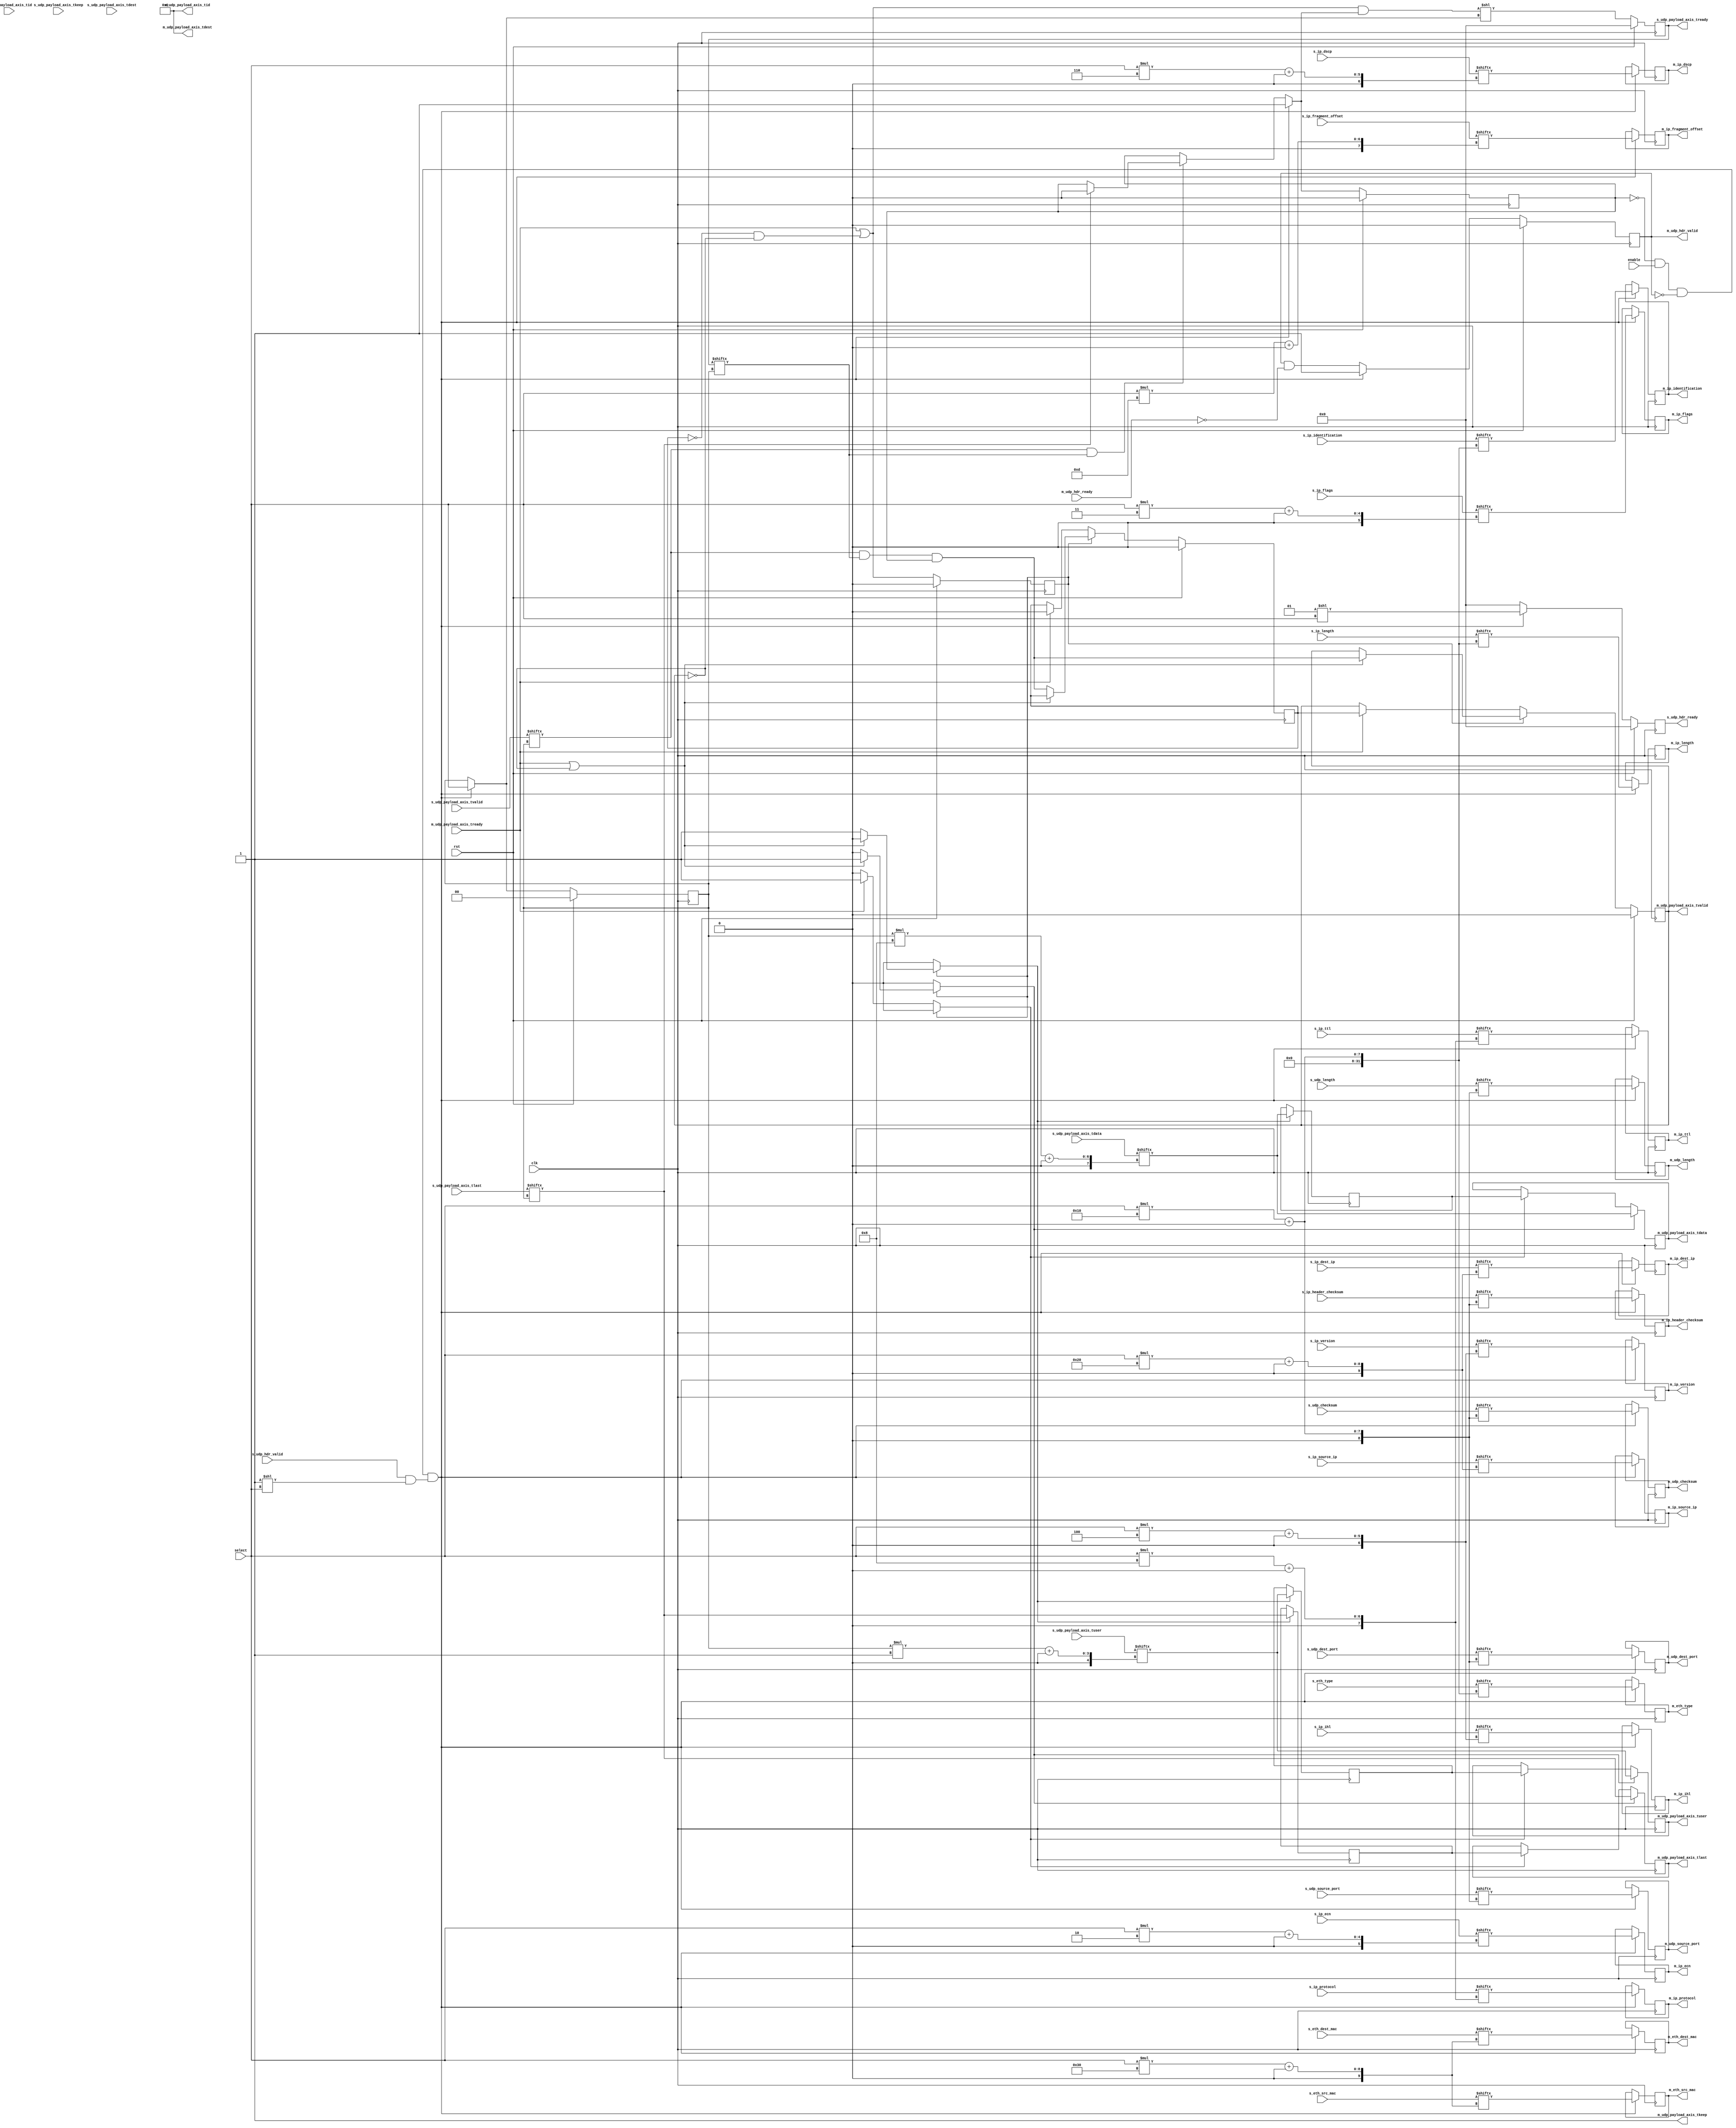
/*

Copyright (c) 2014-2018 Alex Forencich

Permission is hereby granted, free of charge, to any person obtaining a copy
of this software and associated documentation files (the "Software"), to deal
in the Software without restriction, including without limitation the rights
to use, copy, modify, merge, publish, distribute, sublicense, and/or sell
copies of the Software, and to permit persons to whom the Software is
furnished to do so, subject to the following conditions:

The above copyright notice and this permission notice shall be included in
all copies or substantial portions of the Software.

THE SOFTWARE IS PROVIDED "AS IS", WITHOUT WARRANTY OF ANY KIND, EXPRESS OR
IMPLIED, INCLUDING BUT NOT LIMITED TO THE WARRANTIES OF MERCHANTABILITY
FITNESS FOR A PARTICULAR PURPOSE AND NONINFRINGEMENT. IN NO EVENT SHALL THE
AUTHORS OR COPYRIGHT HOLDERS BE LIABLE FOR ANY CLAIM, DAMAGES OR OTHER
LIABILITY, WHETHER IN AN ACTION OF CONTRACT, TORT OR OTHERWISE, ARISING FROM,
OUT OF OR IN CONNECTION WITH THE SOFTWARE OR THE USE OR OTHER DEALINGS IN
THE SOFTWARE.

*/

// Language: Verilog 2001

`resetall
`timescale 1ns / 1ps
`default_nettype none

/*
 * UDP multiplexer
 */
module udp_mux #
(
    parameter S_COUNT = 4,
    parameter DATA_WIDTH = 8,
    parameter KEEP_ENABLE = (DATA_WIDTH>8),
    parameter KEEP_WIDTH = (DATA_WIDTH/8),
    parameter ID_ENABLE = 0,
    parameter ID_WIDTH = 8,
    parameter DEST_ENABLE = 0,
    parameter DEST_WIDTH = 8,
    parameter USER_ENABLE = 1,
    parameter USER_WIDTH = 1
)
(
    input  wire                          clk,
    input  wire                          rst,

    /*
     * UDP frame inputs
     */
    input  wire [S_COUNT-1:0]            s_udp_hdr_valid,
    output wire [S_COUNT-1:0]            s_udp_hdr_ready,
    input  wire [S_COUNT*48-1:0]         s_eth_dest_mac,
    input  wire [S_COUNT*48-1:0]         s_eth_src_mac,
    input  wire [S_COUNT*16-1:0]         s_eth_type,
    input  wire [S_COUNT*4-1:0]          s_ip_version,
    input  wire [S_COUNT*4-1:0]          s_ip_ihl,
    input  wire [S_COUNT*6-1:0]          s_ip_dscp,
    input  wire [S_COUNT*2-1:0]          s_ip_ecn,
    input  wire [S_COUNT*16-1:0]         s_ip_length,
    input  wire [S_COUNT*16-1:0]         s_ip_identification,
    input  wire [S_COUNT*3-1:0]          s_ip_flags,
    input  wire [S_COUNT*13-1:0]         s_ip_fragment_offset,
    input  wire [S_COUNT*8-1:0]          s_ip_ttl,
    input  wire [S_COUNT*8-1:0]          s_ip_protocol,
    input  wire [S_COUNT*16-1:0]         s_ip_header_checksum,
    input  wire [S_COUNT*32-1:0]         s_ip_source_ip,
    input  wire [S_COUNT*32-1:0]         s_ip_dest_ip,
    input  wire [S_COUNT*16-1:0]         s_udp_source_port,
    input  wire [S_COUNT*16-1:0]         s_udp_dest_port,
    input  wire [S_COUNT*16-1:0]         s_udp_length,
    input  wire [S_COUNT*16-1:0]         s_udp_checksum,
    input  wire [S_COUNT*DATA_WIDTH-1:0] s_udp_payload_axis_tdata,
    input  wire [S_COUNT*KEEP_WIDTH-1:0] s_udp_payload_axis_tkeep,
    input  wire [S_COUNT-1:0]            s_udp_payload_axis_tvalid,
    output wire [S_COUNT-1:0]            s_udp_payload_axis_tready,
    input  wire [S_COUNT-1:0]            s_udp_payload_axis_tlast,
    input  wire [S_COUNT*ID_WIDTH-1:0]   s_udp_payload_axis_tid,
    input  wire [S_COUNT*DEST_WIDTH-1:0] s_udp_payload_axis_tdest,
    input  wire [S_COUNT*USER_WIDTH-1:0] s_udp_payload_axis_tuser,

    /*
     * UDP frame output
     */
    output wire                          m_udp_hdr_valid,
    input  wire                          m_udp_hdr_ready,
    output wire [47:0]                   m_eth_dest_mac,
    output wire [47:0]                   m_eth_src_mac,
    output wire [15:0]                   m_eth_type,
    output wire [3:0]                    m_ip_version,
    output wire [3:0]                    m_ip_ihl,
    output wire [5:0]                    m_ip_dscp,
    output wire [1:0]                    m_ip_ecn,
    output wire [15:0]                   m_ip_length,
    output wire [15:0]                   m_ip_identification,
    output wire [2:0]                    m_ip_flags,
    output wire [12:0]                   m_ip_fragment_offset,
    output wire [7:0]                    m_ip_ttl,
    output wire [7:0]                    m_ip_protocol,
    output wire [15:0]                   m_ip_header_checksum,
    output wire [31:0]                   m_ip_source_ip,
    output wire [31:0]                   m_ip_dest_ip,
    output wire [15:0]                   m_udp_source_port,
    output wire [15:0]                   m_udp_dest_port,
    output wire [15:0]                   m_udp_length,
    output wire [15:0]                   m_udp_checksum,
    output wire [DATA_WIDTH-1:0]         m_udp_payload_axis_tdata,
    output wire [KEEP_WIDTH-1:0]         m_udp_payload_axis_tkeep,
    output wire                          m_udp_payload_axis_tvalid,
    input  wire                          m_udp_payload_axis_tready,
    output wire                          m_udp_payload_axis_tlast,
    output wire [ID_WIDTH-1:0]           m_udp_payload_axis_tid,
    output wire [DEST_WIDTH-1:0]         m_udp_payload_axis_tdest,
    output wire [USER_WIDTH-1:0]         m_udp_payload_axis_tuser,

    /*
     * Control
     */
    input  wire                          enable,
    input  wire [$clog2(S_COUNT)-1:0]    select
);

parameter CL_S_COUNT = $clog2(S_COUNT);

reg [CL_S_COUNT-1:0] select_reg = 2'd0, select_next;
reg frame_reg = 1'b0, frame_next;

reg [S_COUNT-1:0] s_udp_hdr_ready_reg = 0, s_udp_hdr_ready_next;

reg [S_COUNT-1:0] s_udp_payload_axis_tready_reg = 0, s_udp_payload_axis_tready_next;

reg m_udp_hdr_valid_reg = 1'b0, m_udp_hdr_valid_next;
reg [47:0] m_eth_dest_mac_reg = 48'd0, m_eth_dest_mac_next;
reg [47:0] m_eth_src_mac_reg = 48'd0, m_eth_src_mac_next;
reg [15:0] m_eth_type_reg = 16'd0, m_eth_type_next;
reg [3:0]  m_ip_version_reg = 4'd0, m_ip_version_next;
reg [3:0]  m_ip_ihl_reg = 4'd0, m_ip_ihl_next;
reg [5:0]  m_ip_dscp_reg = 6'd0, m_ip_dscp_next;
reg [1:0]  m_ip_ecn_reg = 2'd0, m_ip_ecn_next;
reg [15:0] m_ip_length_reg = 16'd0, m_ip_length_next;
reg [15:0] m_ip_identification_reg = 16'd0, m_ip_identification_next;
reg [2:0]  m_ip_flags_reg = 3'd0, m_ip_flags_next;
reg [12:0] m_ip_fragment_offset_reg = 13'd0, m_ip_fragment_offset_next;
reg [7:0]  m_ip_ttl_reg = 8'd0, m_ip_ttl_next;
reg [7:0]  m_ip_protocol_reg = 8'd0, m_ip_protocol_next;
reg [15:0] m_ip_header_checksum_reg = 16'd0, m_ip_header_checksum_next;
reg [31:0] m_ip_source_ip_reg = 32'd0, m_ip_source_ip_next;
reg [31:0] m_ip_dest_ip_reg = 32'd0, m_ip_dest_ip_next;
reg [15:0] m_udp_source_port_reg = 16'd0, m_udp_source_port_next;
reg [15:0] m_udp_dest_port_reg = 16'd0, m_udp_dest_port_next;
reg [15:0] m_udp_length_reg = 16'd0, m_udp_length_next;
reg [15:0] m_udp_checksum_reg = 16'd0, m_udp_checksum_next;

// internal datapath
reg  [DATA_WIDTH-1:0] m_udp_payload_axis_tdata_int;
reg  [KEEP_WIDTH-1:0] m_udp_payload_axis_tkeep_int;
reg                   m_udp_payload_axis_tvalid_int;
reg                   m_udp_payload_axis_tready_int_reg = 1'b0;
reg                   m_udp_payload_axis_tlast_int;
reg  [ID_WIDTH-1:0]   m_udp_payload_axis_tid_int;
reg  [DEST_WIDTH-1:0] m_udp_payload_axis_tdest_int;
reg  [USER_WIDTH-1:0] m_udp_payload_axis_tuser_int;
wire                  m_udp_payload_axis_tready_int_early;

assign s_udp_hdr_ready = s_udp_hdr_ready_reg;

assign s_udp_payload_axis_tready = s_udp_payload_axis_tready_reg;

assign m_udp_hdr_valid = m_udp_hdr_valid_reg;
assign m_eth_dest_mac = m_eth_dest_mac_reg;
assign m_eth_src_mac = m_eth_src_mac_reg;
assign m_eth_type = m_eth_type_reg;
assign m_ip_version = m_ip_version_reg;
assign m_ip_ihl = m_ip_ihl_reg;
assign m_ip_dscp = m_ip_dscp_reg;
assign m_ip_ecn = m_ip_ecn_reg;
assign m_ip_length = m_ip_length_reg;
assign m_ip_identification = m_ip_identification_reg;
assign m_ip_flags = m_ip_flags_reg;
assign m_ip_fragment_offset = m_ip_fragment_offset_reg;
assign m_ip_ttl = m_ip_ttl_reg;
assign m_ip_protocol = m_ip_protocol_reg;
assign m_ip_header_checksum = m_ip_header_checksum_reg;
assign m_ip_source_ip = m_ip_source_ip_reg;
assign m_ip_dest_ip = m_ip_dest_ip_reg;
assign m_udp_source_port = m_udp_source_port_reg;
assign m_udp_dest_port = m_udp_dest_port_reg;
assign m_udp_length = m_udp_length_reg;
assign m_udp_checksum = m_udp_checksum_reg;

// mux for incoming packet
wire [DATA_WIDTH-1:0] current_s_tdata  = s_udp_payload_axis_tdata[select_reg*DATA_WIDTH +: DATA_WIDTH];
wire [KEEP_WIDTH-1:0] current_s_tkeep  = s_udp_payload_axis_tkeep[select_reg*KEEP_WIDTH +: KEEP_WIDTH];
wire                  current_s_tvalid = s_udp_payload_axis_tvalid[select_reg];
wire                  current_s_tready = s_udp_payload_axis_tready[select_reg];
wire                  current_s_tlast  = s_udp_payload_axis_tlast[select_reg];
wire [ID_WIDTH-1:0]   current_s_tid    = s_udp_payload_axis_tid[select_reg*ID_WIDTH +: ID_WIDTH];
wire [DEST_WIDTH-1:0] current_s_tdest  = s_udp_payload_axis_tdest[select_reg*DEST_WIDTH +: DEST_WIDTH];
wire [USER_WIDTH-1:0] current_s_tuser  = s_udp_payload_axis_tuser[select_reg*USER_WIDTH +: USER_WIDTH];

always @* begin
    select_next = select_reg;
    frame_next = frame_reg;

    s_udp_hdr_ready_next = 0;

    s_udp_payload_axis_tready_next = 0;

    m_udp_hdr_valid_next = m_udp_hdr_valid_reg && !m_udp_hdr_ready;
    m_eth_dest_mac_next = m_eth_dest_mac_reg;
    m_eth_src_mac_next = m_eth_src_mac_reg;
    m_eth_type_next = m_eth_type_reg;
    m_ip_version_next = m_ip_version_reg;
    m_ip_ihl_next = m_ip_ihl_reg;
    m_ip_dscp_next = m_ip_dscp_reg;
    m_ip_ecn_next = m_ip_ecn_reg;
    m_ip_length_next = m_ip_length_reg;
    m_ip_identification_next = m_ip_identification_reg;
    m_ip_flags_next = m_ip_flags_reg;
    m_ip_fragment_offset_next = m_ip_fragment_offset_reg;
    m_ip_ttl_next = m_ip_ttl_reg;
    m_ip_protocol_next = m_ip_protocol_reg;
    m_ip_header_checksum_next = m_ip_header_checksum_reg;
    m_ip_source_ip_next = m_ip_source_ip_reg;
    m_ip_dest_ip_next = m_ip_dest_ip_reg;
    m_udp_source_port_next = m_udp_source_port_reg;
    m_udp_dest_port_next = m_udp_dest_port_reg;
    m_udp_length_next = m_udp_length_reg;
    m_udp_checksum_next = m_udp_checksum_reg;

    if (current_s_tvalid & current_s_tready) begin
        // end of frame detection
        if (current_s_tlast) begin
            frame_next = 1'b0;
        end
    end

    if (!frame_reg && enable && !m_udp_hdr_valid && (s_udp_hdr_valid & (1 << select))) begin
        // start of frame, grab select value
        frame_next = 1'b1;
        select_next = select;

        s_udp_hdr_ready_next = (1 << select);

        m_udp_hdr_valid_next = 1'b1;
        m_eth_dest_mac_next = s_eth_dest_mac[select*48 +: 48];
        m_eth_src_mac_next = s_eth_src_mac[select*48 +: 48];
        m_eth_type_next = s_eth_type[select*16 +: 16];
        m_ip_version_next = s_ip_version[select*4 +: 4];
        m_ip_ihl_next = s_ip_ihl[select*4 +: 4];
        m_ip_dscp_next = s_ip_dscp[select*6 +: 6];
        m_ip_ecn_next = s_ip_ecn[select*2 +: 2];
        m_ip_length_next = s_ip_length[select*16 +: 16];
        m_ip_identification_next = s_ip_identification[select*16 +: 16];
        m_ip_flags_next = s_ip_flags[select*3 +: 3];
        m_ip_fragment_offset_next = s_ip_fragment_offset[select*13 +: 13];
        m_ip_ttl_next = s_ip_ttl[select*8 +: 8];
        m_ip_protocol_next = s_ip_protocol[select*8 +: 8];
        m_ip_header_checksum_next = s_ip_header_checksum[select*16 +: 16];
        m_ip_source_ip_next = s_ip_source_ip[select*32 +: 32];
        m_ip_dest_ip_next = s_ip_dest_ip[select*32 +: 32];
        m_udp_source_port_next = s_udp_source_port[select*16 +: 16];
        m_udp_dest_port_next = s_udp_dest_port[select*16 +: 16];
        m_udp_length_next = s_udp_length[select*16 +: 16];
        m_udp_checksum_next = s_udp_checksum[select*16 +: 16];
    end

    // generate ready signal on selected port
    s_udp_payload_axis_tready_next = (m_udp_payload_axis_tready_int_early && frame_next) << select_next;

    // pass through selected packet data
    m_udp_payload_axis_tdata_int  = current_s_tdata;
    m_udp_payload_axis_tkeep_int  = current_s_tkeep;
    m_udp_payload_axis_tvalid_int = current_s_tvalid && current_s_tready && frame_reg;
    m_udp_payload_axis_tlast_int  = current_s_tlast;
    m_udp_payload_axis_tid_int    = current_s_tid;
    m_udp_payload_axis_tdest_int  = current_s_tdest;
    m_udp_payload_axis_tuser_int  = current_s_tuser;
end

always @(posedge clk) begin
    if (rst) begin
        select_reg <= 0;
        frame_reg <= 1'b0;
        s_udp_hdr_ready_reg <= 0;
        s_udp_payload_axis_tready_reg <= 0;
        m_udp_hdr_valid_reg <= 1'b0;
    end else begin
        select_reg <= select_next;
        frame_reg <= frame_next;
        s_udp_hdr_ready_reg <= s_udp_hdr_ready_next;
        s_udp_payload_axis_tready_reg <= s_udp_payload_axis_tready_next;
        m_udp_hdr_valid_reg <= m_udp_hdr_valid_next;
    end

    m_eth_dest_mac_reg <= m_eth_dest_mac_next;
    m_eth_src_mac_reg <= m_eth_src_mac_next;
    m_eth_type_reg <= m_eth_type_next;
    m_ip_version_reg <= m_ip_version_next;
    m_ip_ihl_reg <= m_ip_ihl_next;
    m_ip_dscp_reg <= m_ip_dscp_next;
    m_ip_ecn_reg <= m_ip_ecn_next;
    m_ip_length_reg <= m_ip_length_next;
    m_ip_identification_reg <= m_ip_identification_next;
    m_ip_flags_reg <= m_ip_flags_next;
    m_ip_fragment_offset_reg <= m_ip_fragment_offset_next;
    m_ip_ttl_reg <= m_ip_ttl_next;
    m_ip_protocol_reg <= m_ip_protocol_next;
    m_ip_header_checksum_reg <= m_ip_header_checksum_next;
    m_ip_source_ip_reg <= m_ip_source_ip_next;
    m_ip_dest_ip_reg <= m_ip_dest_ip_next;
    m_udp_source_port_reg <= m_udp_source_port_next;
    m_udp_dest_port_reg <= m_udp_dest_port_next;
    m_udp_length_reg <= m_udp_length_next;
    m_udp_checksum_reg <= m_udp_checksum_next;
end

// output datapath logic
reg [DATA_WIDTH-1:0] m_udp_payload_axis_tdata_reg  = {DATA_WIDTH{1'b0}};
reg [KEEP_WIDTH-1:0] m_udp_payload_axis_tkeep_reg  = {KEEP_WIDTH{1'b0}};
reg                  m_udp_payload_axis_tvalid_reg = 1'b0, m_udp_payload_axis_tvalid_next;
reg                  m_udp_payload_axis_tlast_reg  = 1'b0;
reg [ID_WIDTH-1:0]   m_udp_payload_axis_tid_reg    = {ID_WIDTH{1'b0}};
reg [DEST_WIDTH-1:0] m_udp_payload_axis_tdest_reg  = {DEST_WIDTH{1'b0}};
reg [USER_WIDTH-1:0] m_udp_payload_axis_tuser_reg  = {USER_WIDTH{1'b0}};

reg [DATA_WIDTH-1:0] temp_m_udp_payload_axis_tdata_reg  = {DATA_WIDTH{1'b0}};
reg [KEEP_WIDTH-1:0] temp_m_udp_payload_axis_tkeep_reg  = {KEEP_WIDTH{1'b0}};
reg                  temp_m_udp_payload_axis_tvalid_reg = 1'b0, temp_m_udp_payload_axis_tvalid_next;
reg                  temp_m_udp_payload_axis_tlast_reg  = 1'b0;
reg [ID_WIDTH-1:0]   temp_m_udp_payload_axis_tid_reg    = {ID_WIDTH{1'b0}};
reg [DEST_WIDTH-1:0] temp_m_udp_payload_axis_tdest_reg  = {DEST_WIDTH{1'b0}};
reg [USER_WIDTH-1:0] temp_m_udp_payload_axis_tuser_reg  = {USER_WIDTH{1'b0}};

// datapath control
reg store_axis_int_to_output;
reg store_axis_int_to_temp;
reg store_axis_temp_to_output;

assign m_udp_payload_axis_tdata  = m_udp_payload_axis_tdata_reg;
assign m_udp_payload_axis_tkeep  = KEEP_ENABLE ? m_udp_payload_axis_tkeep_reg : {KEEP_WIDTH{1'b1}};
assign m_udp_payload_axis_tvalid = m_udp_payload_axis_tvalid_reg;
assign m_udp_payload_axis_tlast  = m_udp_payload_axis_tlast_reg;
assign m_udp_payload_axis_tid    = ID_ENABLE   ? m_udp_payload_axis_tid_reg   : {ID_WIDTH{1'b0}};
assign m_udp_payload_axis_tdest  = DEST_ENABLE ? m_udp_payload_axis_tdest_reg : {DEST_WIDTH{1'b0}};
assign m_udp_payload_axis_tuser  = USER_ENABLE ? m_udp_payload_axis_tuser_reg : {USER_WIDTH{1'b0}};

// enable ready input next cycle if output is ready or if both output registers are empty
assign m_udp_payload_axis_tready_int_early = m_udp_payload_axis_tready || (!temp_m_udp_payload_axis_tvalid_reg && !m_udp_payload_axis_tvalid_reg);

always @* begin
    // transfer sink ready state to source
    m_udp_payload_axis_tvalid_next = m_udp_payload_axis_tvalid_reg;
    temp_m_udp_payload_axis_tvalid_next = temp_m_udp_payload_axis_tvalid_reg;

    store_axis_int_to_output = 1'b0;
    store_axis_int_to_temp = 1'b0;
    store_axis_temp_to_output = 1'b0;

    if (m_udp_payload_axis_tready_int_reg) begin
        // input is ready
        if (m_udp_payload_axis_tready || !m_udp_payload_axis_tvalid_reg) begin
            // output is ready or currently not valid, transfer data to output
            m_udp_payload_axis_tvalid_next = m_udp_payload_axis_tvalid_int;
            store_axis_int_to_output = 1'b1;
        end else begin
            // output is not ready, store input in temp
            temp_m_udp_payload_axis_tvalid_next = m_udp_payload_axis_tvalid_int;
            store_axis_int_to_temp = 1'b1;
        end
    end else if (m_udp_payload_axis_tready) begin
        // input is not ready, but output is ready
        m_udp_payload_axis_tvalid_next = temp_m_udp_payload_axis_tvalid_reg;
        temp_m_udp_payload_axis_tvalid_next = 1'b0;
        store_axis_temp_to_output = 1'b1;
    end
end

always @(posedge clk) begin
    m_udp_payload_axis_tvalid_reg <= m_udp_payload_axis_tvalid_next;
    m_udp_payload_axis_tready_int_reg <= m_udp_payload_axis_tready_int_early;
    temp_m_udp_payload_axis_tvalid_reg <= temp_m_udp_payload_axis_tvalid_next;

    // datapath
    if (store_axis_int_to_output) begin
        m_udp_payload_axis_tdata_reg <= m_udp_payload_axis_tdata_int;
        m_udp_payload_axis_tkeep_reg <= m_udp_payload_axis_tkeep_int;
        m_udp_payload_axis_tlast_reg <= m_udp_payload_axis_tlast_int;
        m_udp_payload_axis_tid_reg   <= m_udp_payload_axis_tid_int;
        m_udp_payload_axis_tdest_reg <= m_udp_payload_axis_tdest_int;
        m_udp_payload_axis_tuser_reg <= m_udp_payload_axis_tuser_int;
    end else if (store_axis_temp_to_output) begin
        m_udp_payload_axis_tdata_reg <= temp_m_udp_payload_axis_tdata_reg;
        m_udp_payload_axis_tkeep_reg <= temp_m_udp_payload_axis_tkeep_reg;
        m_udp_payload_axis_tlast_reg <= temp_m_udp_payload_axis_tlast_reg;
        m_udp_payload_axis_tid_reg   <= temp_m_udp_payload_axis_tid_reg;
        m_udp_payload_axis_tdest_reg <= temp_m_udp_payload_axis_tdest_reg;
        m_udp_payload_axis_tuser_reg <= temp_m_udp_payload_axis_tuser_reg;
    end

    if (store_axis_int_to_temp) begin
        temp_m_udp_payload_axis_tdata_reg <= m_udp_payload_axis_tdata_int;
        temp_m_udp_payload_axis_tkeep_reg <= m_udp_payload_axis_tkeep_int;
        temp_m_udp_payload_axis_tlast_reg <= m_udp_payload_axis_tlast_int;
        temp_m_udp_payload_axis_tid_reg   <= m_udp_payload_axis_tid_int;
        temp_m_udp_payload_axis_tdest_reg <= m_udp_payload_axis_tdest_int;
        temp_m_udp_payload_axis_tuser_reg <= m_udp_payload_axis_tuser_int;
    end

    if (rst) begin
        m_udp_payload_axis_tvalid_reg <= 1'b0;
        m_udp_payload_axis_tready_int_reg <= 1'b0;
        temp_m_udp_payload_axis_tvalid_reg <= 1'b0;
    end
end

endmodule

`resetall